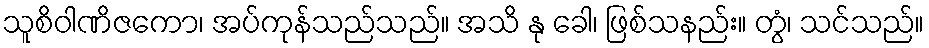
သူစိဝါဏိဇကော၊ အပ်ကုန်သည်သည်။ အသိ နု ခေါ၊ ဖြစ်သနည်း။ တွံ၊ သင်သည်။